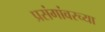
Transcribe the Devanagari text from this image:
प्रसंगांवरच्या